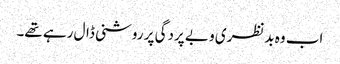
اب وہ بدنظری و بے پردگی پر روشنی ڈال رہے تھے۔